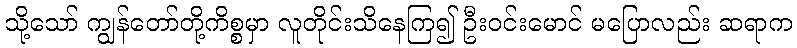
သို့သော် ကျွန်တော်တို့ကိစ္စမှာ လူတိုင်းသိနေကြ၍ ဦးဝင်းမောင် မပြောလည်း ဆရာက